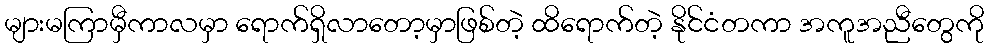
များမကြာမှီကာလမှာ ရောက်ရှိလာတော့မှာဖြစ်တဲ့ ထိရောက်တဲ့ နိုင်ငံတကာ အကူအညီတွေကို